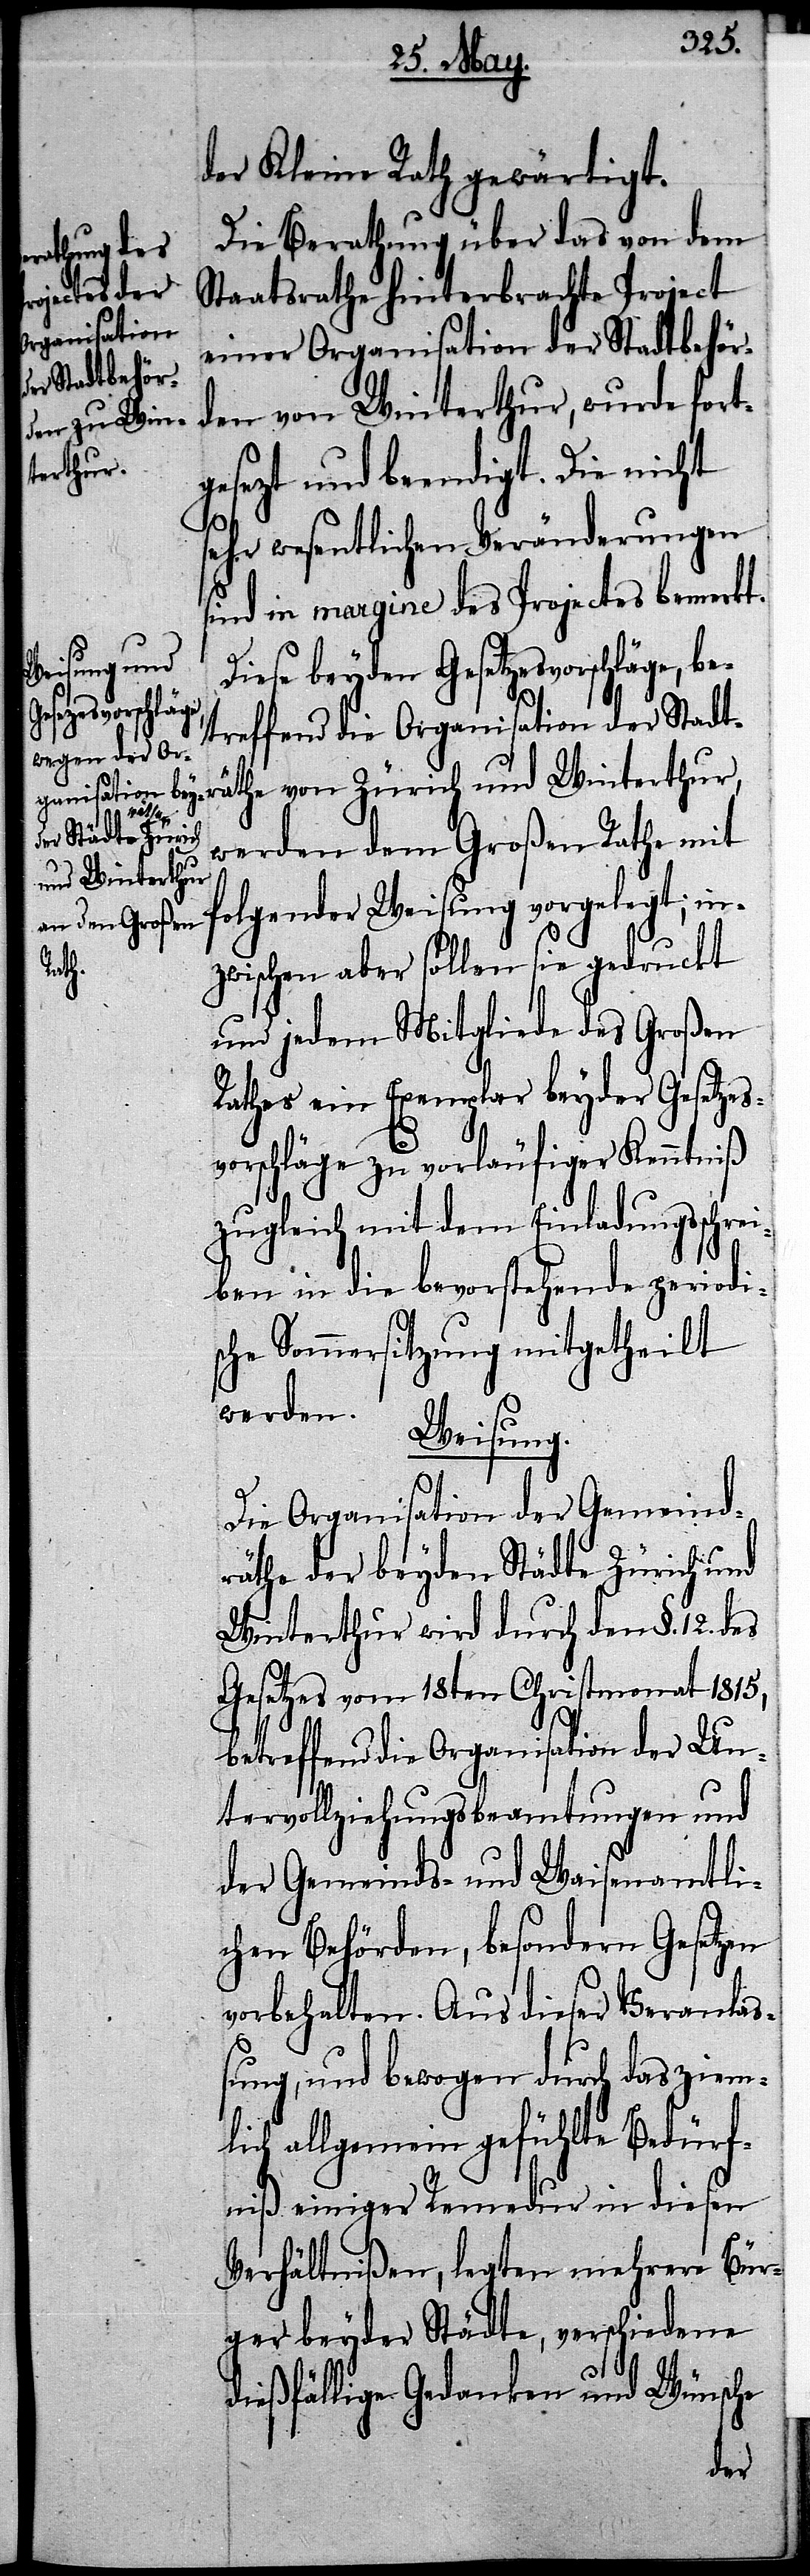
der Kleine Rath gewärtigt.
Die Berathung über das von dem
Staatsrathe hinterbrachte Project
einer Organisation der Stadtbehör¬
den von Winterthur, wurde fortg¬
esezt und beendigt. Die nicht
sehr wesentlichen Veränderungen
sind in margine des Projectes bemerkt.
Diese beyden Gesetzesvorschläge, be¬
treffend die Organisation der Stadt¬
räthe von Zürich und Winterthur,
werden dem Großen Rathe mit
folgender Weisung vorgelegt; in¬
zwischen aber sollen sie gedruckt
und jedem Mitgliede des Großen
Rathes ein Exemplar beyder Gesetzs¬
vorschläge zu vorläufiger Kenntniß
zugleich mit dem Einladungsschrei¬
ben in die bevorstehende periodi¬
sche Sommersitzung mitgetheilt
werden.
Weisung.
Die Organisation der Gemeind¬
räthe der beyden Städte Zürich und
Winterthur wird durch den §. 12. des
Gesetzes vom 18ten Christmonath 1815,
betreffend die Organisation der Un¬
tervollziehungsbeamtungen und
der Gemeinds- und Waisenamtli¬
chen Behörden, besondern Gesetzen
vorbehalten. Aus dieser Veranla¬
ßung, und bewogen durch das ziem¬
lich allgemein gefühlte Bedürf¬
niß einiger Remedur in diesen
Verhältnißen, legten mehrere Bür¬
ger beyder Städte, verschiedene
dießfällige Gedanken und Wünsche